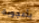
بأعجوبة